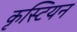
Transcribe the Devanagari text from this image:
कृस्टियन